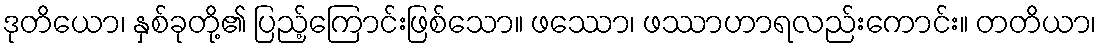
ဒုတိယော၊ နှစ်ခုတို့၏ ပြည့်ကြောင်းဖြစ်သော။ ဖဿော၊ ဖဿာဟာရလည်းကောင်း။ တတိယာ၊